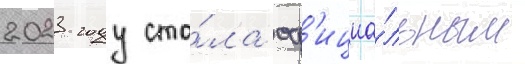
2023 году ста́ла оф'ициа́льным